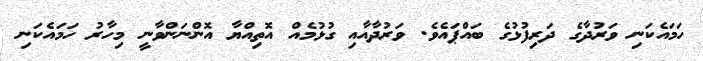
ހަމައެކަނި ވަރުދާގެ ދަރިފުޅުގެ ބައްޕައެވެ. ވަރުދާއާއި ގުޅުމެއް އޮތިއްޔާ އޮންނަންވާނީ މިހާރު ހަމައެކަނި